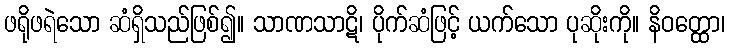
ဖရိုဖရဲသော ဆံရှိသည်ဖြစ်၍။ သာဏသာဋိ၊ ပိုက်ဆံဖြင့် ယက်သော ပုဆိုးကို။ နိဝတ္ထော၊